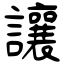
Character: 讓